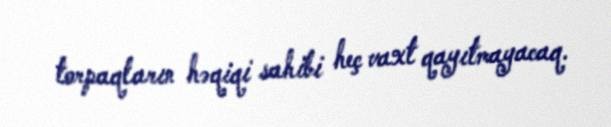
torpaqların həqiqi sahibi heç vaxt qayıtmayacaq.